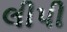
લીપી